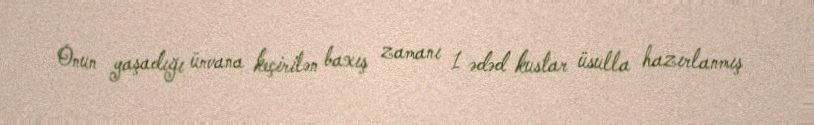
Onun yaşadığı ünvana keçirilən baxış zamanı 1 ədəd kustar üsulla hazırlanmış